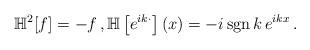
LaTeX: \begin{align*}\mathbb H^2[f]=-f\,,\mathbb H\left[e^{ik\cdot}\right](x)=-i\,{\rm sgn}\,k\,e^{ikx}\,.\end{align*}